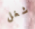
شغل